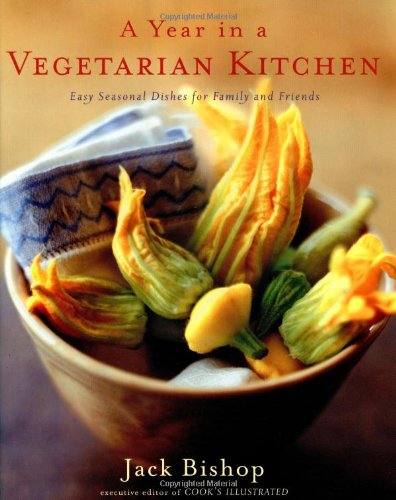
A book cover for A Year in a Vegetarian Kitchen: Easy Seasonal Dishes for Family and Friends; Jack Bishop; Cookbooks, Food & Wine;